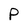
Character: P